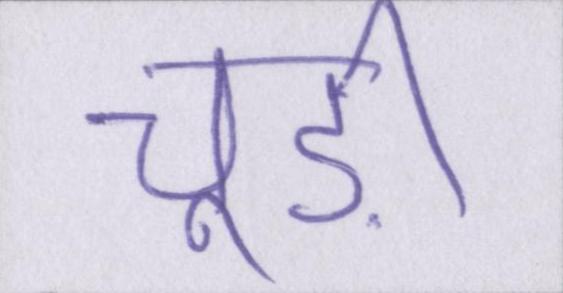
चूड़ी